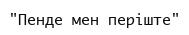
"Пенде мен періште"